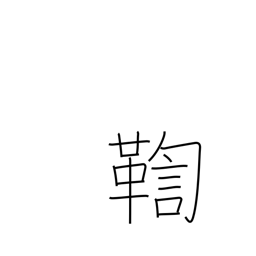
Meaning: investigate a crime